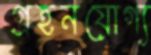
গ্রহনযোগ্য